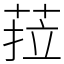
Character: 菈